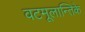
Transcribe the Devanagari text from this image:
वटमूलान्तिके